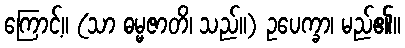
ကြောင့်။ (သာ ဓမ္မဇာတိ၊ သည်။) ဥပေက္ခာ၊ မည်၏။